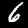
Digit: 6